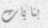
بنايات